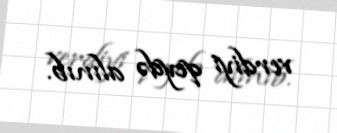
verdiyi qeydə alınıb.